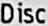
DISC